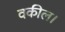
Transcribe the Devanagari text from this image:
वकील।